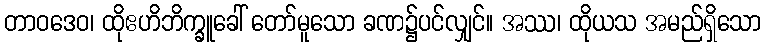
တာဝဒေဝ၊ ထိုဧဟိဘိက္ခူခေါ် တော်မူသော ခဏ၌ပင်လျှင်။ အဿ၊ ထိုယသ အမည်ရှိသော